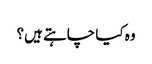
وہ کیا چاہتے ہیں؟